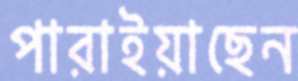
পারাইয়াছেন